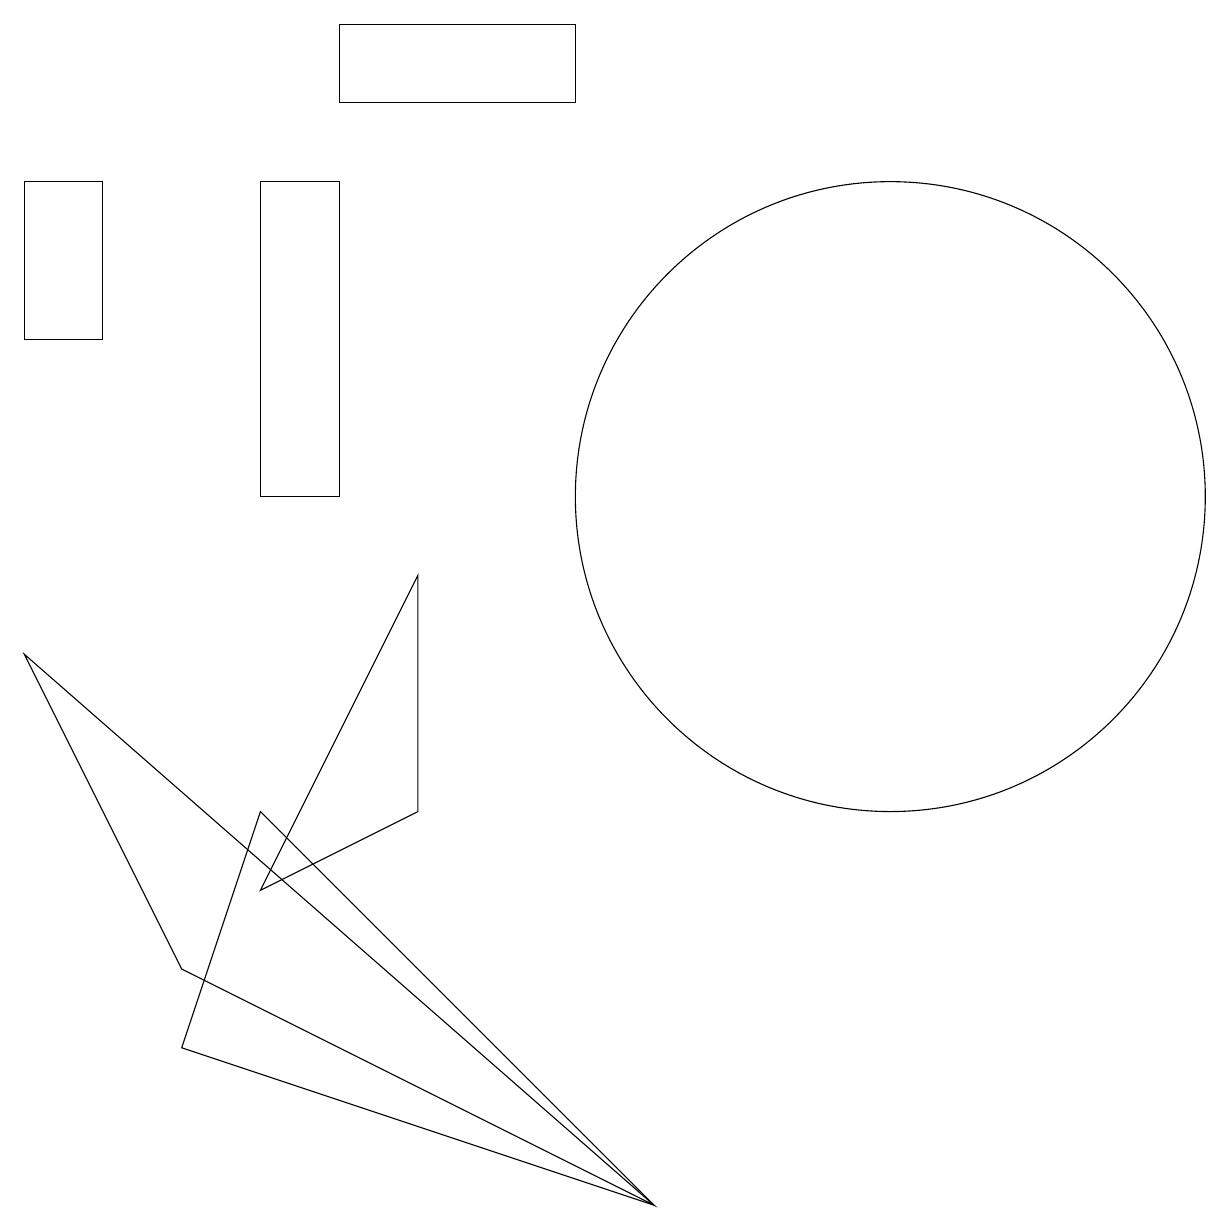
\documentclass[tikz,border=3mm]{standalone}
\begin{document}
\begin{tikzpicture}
\draw (9,1) -- (4,6) -- (3,3) -- cycle;
\draw (12,10) circle (4);
\draw (6,6) -- (6,9) -- (4,5) -- cycle;
\draw (5,10) rectangle (4,14);
\draw (9,1) -- (3,4) -- (1,8) -- cycle;
\draw (8,16) rectangle (5,15);
\draw (1,14) rectangle (2,12);
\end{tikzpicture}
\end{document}